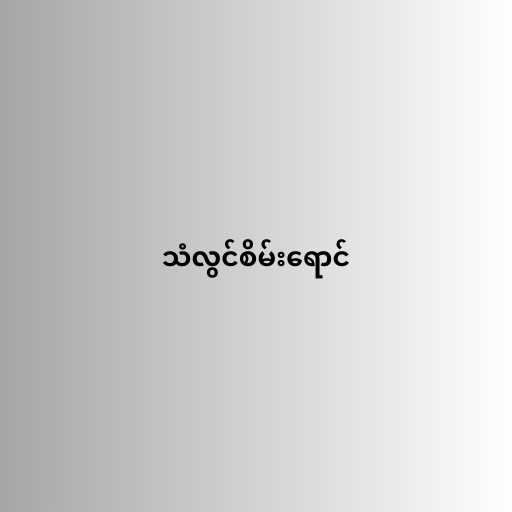
သံလွင်စိမ်းရောင်